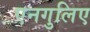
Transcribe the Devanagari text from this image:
एनगुलिए